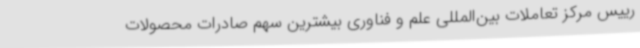
رییس مرکز تعاملات بین‌المللی علم و فناوری بیشترین سهم صادرات محصولات